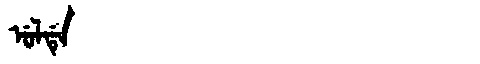
Manchu: ᡠᠯᡩᡝ
Romanization: ULDE